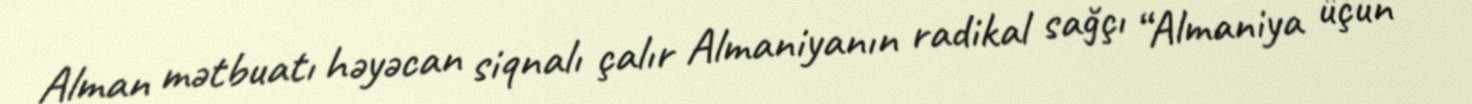
Alman mətbuatı həyəcan siqnalı çalır Almaniyanın radikal sağçı “Almaniya üçün